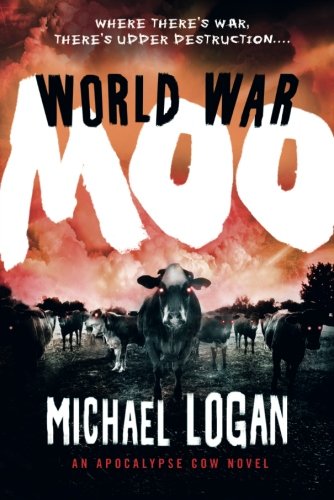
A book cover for World War Moo: An Apocalypse Cow Novel; Michael Logan; Literature & Fiction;